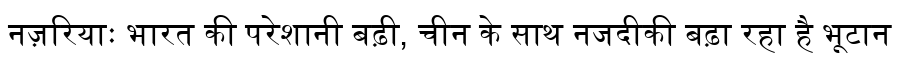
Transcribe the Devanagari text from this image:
नज़रियाः भारत की परेशानी बढ़ी, चीन के साथ नजदीकी बढ़ा रहा है भूटान